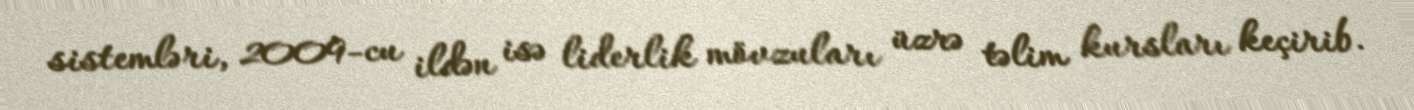
sistemləri, 2009-cu ildən isə liderlik mövzuları üzrə təlim kursları keçirib.